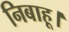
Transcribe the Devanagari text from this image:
निबाहू।